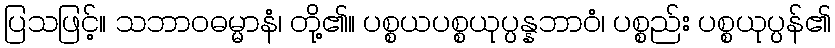
ပြသဖြင့်။ သဘာဝဓမ္မာနံ၊ တို့၏။ ပစ္စယပစ္စယုပ္ပန္နဘာဝံ၊ ပစ္စည်း ပစ္စယုပ္ပန်၏